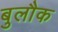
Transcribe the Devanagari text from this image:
बुलौक